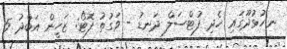
ނ.ހުޅުދޫގައި ހެދި ފުޓްސަލް ދަނޑު - ވަގުތު ފޮޓޯ: ޒަހީން އަބްދު 5